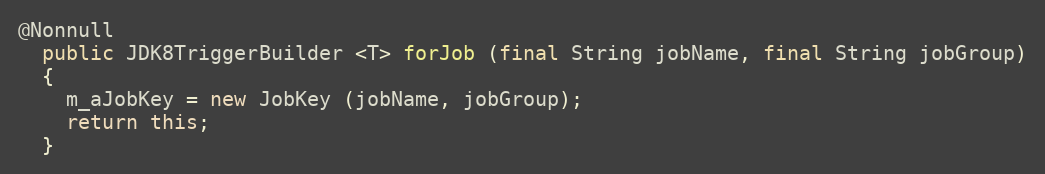
Language: Java
@Nonnull
  public JDK8TriggerBuilder <T> forJob (final String jobName, final String jobGroup)
  {
    m_aJobKey = new JobKey (jobName, jobGroup);
    return this;
  }